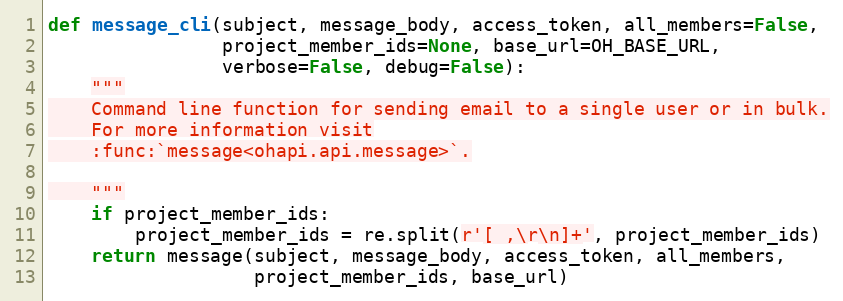
Language: Python
def message_cli(subject, message_body, access_token, all_members=False,
                project_member_ids=None, base_url=OH_BASE_URL,
                verbose=False, debug=False):
    """
    Command line function for sending email to a single user or in bulk.
    For more information visit
    :func:`message<ohapi.api.message>`.

    """
    if project_member_ids:
        project_member_ids = re.split(r'[ ,\r\n]+', project_member_ids)
    return message(subject, message_body, access_token, all_members,
                   project_member_ids, base_url)